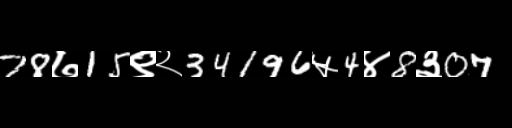
Text: 78७15९२34196५4४8३07